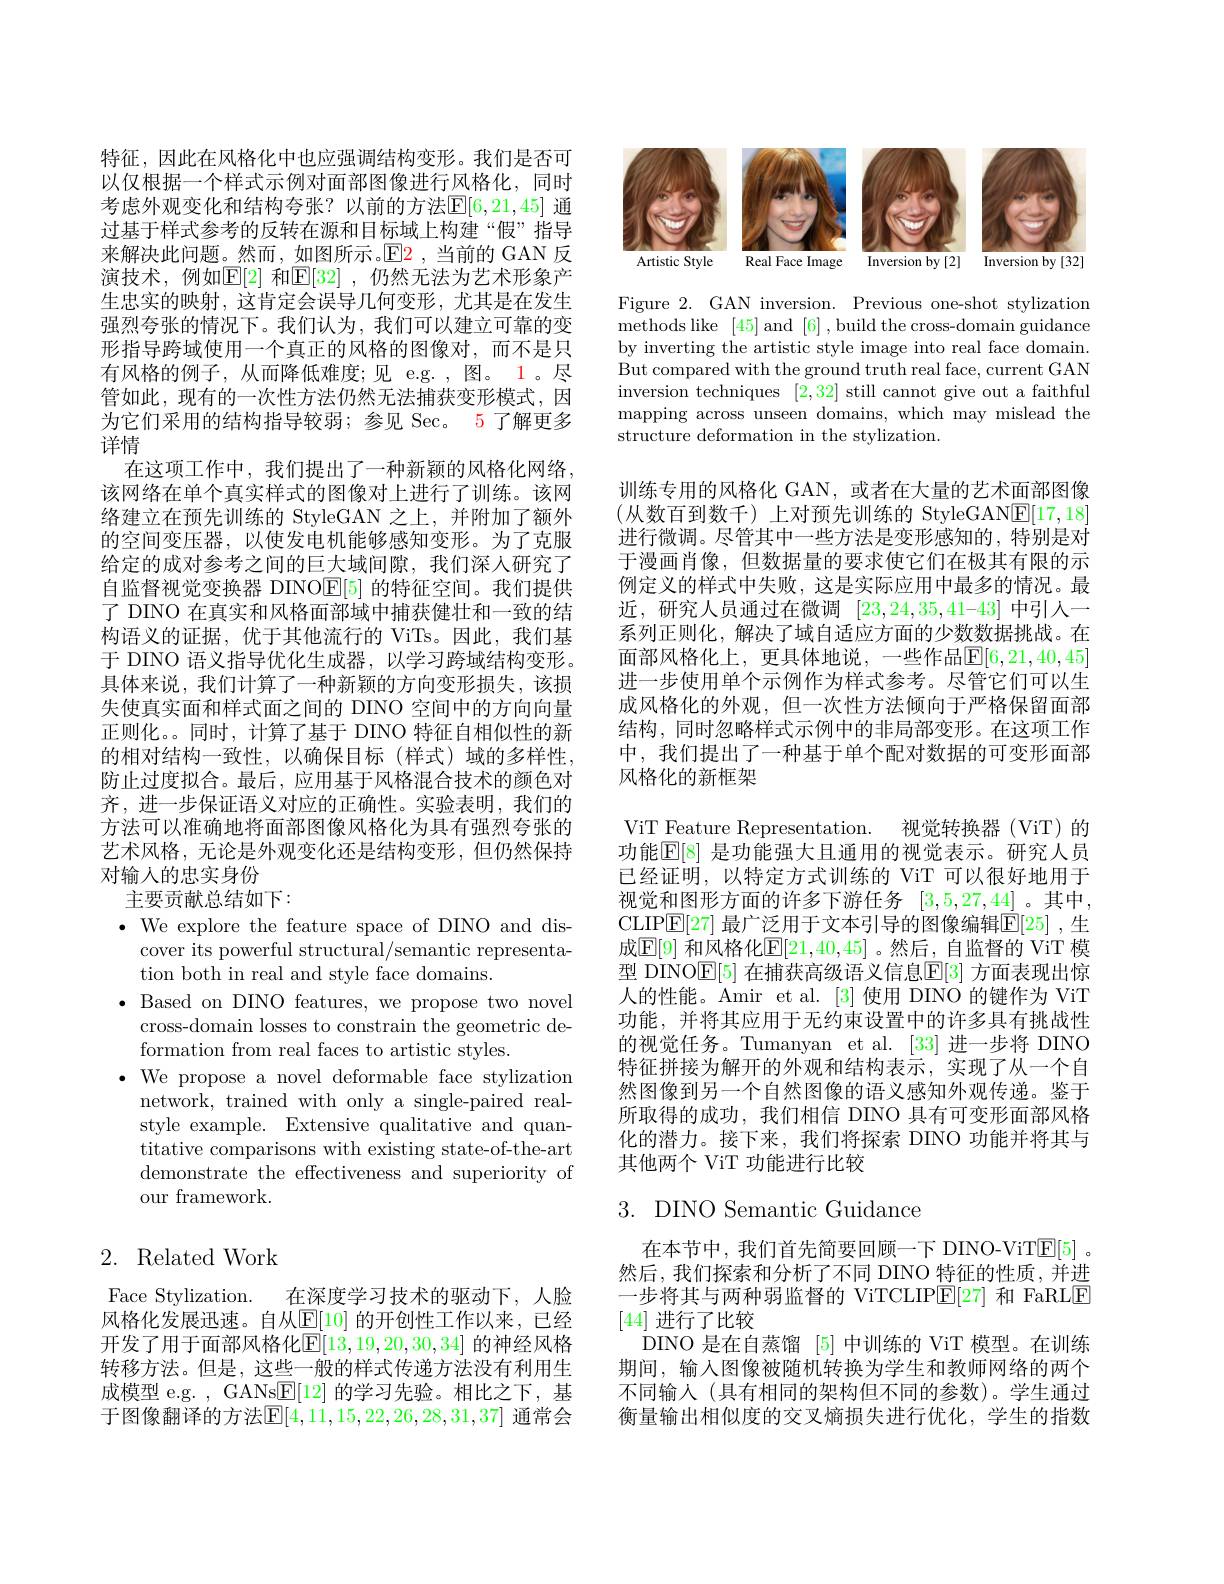
特征，因此在风格化中也应强调结构变形。我们是否可以仅根据一个样式示例对面部图像进行风格化，同时考虑外观变化和结构夸张？以前的方法$\mathbb{E}[6,21,45]$ 通过基于样式参考的反转在源和目标域上构建“假”指导来解决此问题。然而，如图所示。$\mathbb{E}$2,当前的 GAN 反演技术，例如$\mathbb{E}[2]$ 和$\mathbb{E}[32]$ ,仍然无法为艺术形象产生忠实的映射，这肯定会误导几何变形，尤其是在发生强烈夸张的情况下。我们认为，我们可以建立可靠的变形指导跨域使用一个真正的风格的图像对，而不是只有风格的例子，从而降低难度；见 e.g. ,图。1。尽管如此，现有的一次性方法仍然无法捕获变形模式，因为它们采用的结构指导较弱；参见 Sec。5 了解更多详情
在这项工作中，我们提出了一种新颖的风格化网络， 该网络在单个真实样式的图像对上进行了训练。该网络建立在预先训练的 StyleGAN 之上，并附加了额外的空间变压器，以使发电机能够感知变形。为了克服给定的成对参考之间的巨大域间隙，我们深人研究了自监督视觉变换器 DINO$\mathbb{E}[5]$的特征空间。我们提供了 DINO 在真实和风格面部域中捕获健壮和一致的结构语义的证据，优于其他流行的 ViTs。因此，我们基于 DINO 语义指导优化生成器，以学习跨域结构变形。具体来说，我们计算了一种新颖的方向变形损失，该损失使真实面和样式面之间的 DINO 空间中的方向向量正则化。。同时，计算了基于 DINO 特征自相似性的新的相对结构一致性，以确保目标(样式)域的多样性， 防止过度拟合。最后，应用基于风格混合技术的颜色对齐，进一步保证语义对应的正确性。实验表明，我们的方法可以准确地将面部图像风格化为具有强烈夸张的艺术风格，无论是外观变化还是结构变形，但仍然保持对输人的忠实身份
主要贡献总结如下：
$\bullet$ We explore the feature space of DINO and dis-
cover its powerful structural/semantic representa-
tion both in real and style face domains.
$\bullet$ Based on DINO features, we propose two novel
cross-domain losses to constrain the geometric de-
formation from real faces to artistic styles.
$\bullet$ We propose a novel deformable face stylization
network, trained with only a single-paired realstyle example. Extensive qualitative and quantitative comparisons with existing state-of-the-art demonstrate the effectiveness and superiority of our framework.

## 2. Related Work

Face Stylization. 在深度学习技术的驱动下，人脸风格化发展迅速。自从$\overline{\mathbb{E}}[10]$ 的开创性工作以来，已经开发了用于面部风格化$\overline{\mathbb{E}[13,19,20,30,34]}$ 的神经风格转移方法。但是，这些一般的样式传递方法没有利用生成模型 e.g. , GANs$\underline{\mathrm{E}}[12]$的学习先验。相比之下，基于图像翻译的方法$\mathbb{E}[4,11,15,22,26,28,31,37]$ 通常会

<FigureHere>

Figure 2. GAN inversion. Previous one-shot stylization methods like [45] and [6],build the cross-domain guidance by inverting the artistic style image into real face domain. But compared with the ground truth real face, current GAN inversion techniques [2,32] still cannot give out a faithful mapping across unseen domains, which may mislead the structure deformation in the stylization.

训练专用的风格化 GAN,或者在大量的艺术面部图像(从数百到数千)上对预先训练的 StyleGAN$\underline{\mathrm{E}}[17,18]$ 进行微调。尽管其中一些方法是变形感知的，特别是对于漫画肖像，但数据量的要求使它们在极其有限的示例定义的样式中失败，这是实际应用中最多的情况。最近，研究人员通过在微调$[23,24,35,41–43]$中引人一系列正则化，解决了域自适应方面的少数数据挑战。在面部风格化上，更具体地说，一些作品$\mathbb{E}[6,21,40,45]$ 进一步使用单个示例作为样式参考。尽管它们可以生成风格化的外观，但一次性方法倾向于严格保留面部结构，同时忽略样式示例中的非局部变形。在这项工作中，我们提出了一种基于单个配对数据的可变形面部风格化的新框架

ViT Feature Representation. 视觉转换器 (ViT)的功能$\mathbb{E}[8]$ 是功能强大且通用的视觉表示。研究人员已经证明，以特定方式训练的 ViT 可以很好地用于视觉和图形方面的许多下游任务[3,5,27,44]。其中， CLIP$\mathbb{E}[27]$ 最广泛用于文本引导的图像编辑$\mathbb{E}[25]$ ,生成$\boxed{\mathbb{E}[9]}$ 和风格化$\boxed{\mathbb{E}[21,40,45]}$ 。然后，自监督的 ViT 模型 DINO$\mathbb{E}[5]$ 在捕获高级语义信息$\mathbb{E}[3]$ 方面表现出惊人的性能。Amir et al.[3]使用 DINO 的键作为 ViT 功能，并将其应用于无约束设置中的许多具有挑战性的视觉任务。Tumanyan et al. [33] 进一步将 DINO 特征拼接为解开的外观和结构表示，实现了从一个自然图像到另一个自然图像的语义感知外观传递。鉴于所取得的成功，我们相信 DINO 具有可变形面部风格化的潜力。接下来，我们将探索 DINO 功能并将其与其他两个 ViT 功能进行比较

## 3. DINO Semantic Guidance

在本节中，我们首先简要回顾一下 DINO-ViT$\underline{\mathrm{E}}[5]$。然后，我们探索和分析了不同 DINO 特征的性质，并进一步将其与两种弱监督的 ViTCLIP$\underline{\mathrm{E}}[27]$和 FaRLE [44]进行了比较
DINO 是在自蒸馏[5]中训练的 ViT 模型。在训练期间，输入图像被随机转换为学生和教师网络的两个不同输入(具有相同的架构但不同的参数)。学生通过衡量输出相似度的交叉熵损失进行优化，学生的指数